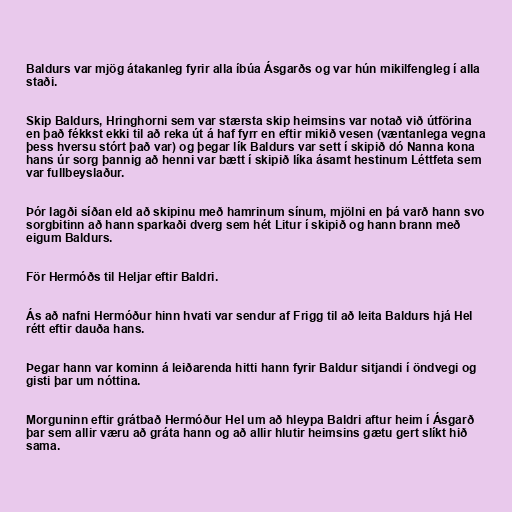
Baldurs var mjög átakanleg fyrir alla íbúa Ásgarðs og var hún mikilfengleg í alla
staði.

Skip Baldurs, Hringhorni sem var stærsta skip heimsins var notað við útförina
en það fékkst ekki til að reka út á haf fyrr en eftir mikið vesen (væntanlega vegna
þess hversu stórt það var) og þegar lík Baldurs var sett í skipið dó Nanna kona
hans úr sorg þannig að henni var bætt í skipið líka ásamt hestinum Léttfeta sem
var fullbeyslaður.

Þór lagði síðan eld að skipinu með hamrinum sínum, mjölni en þá varð hann svo
sorgbitinn að hann sparkaði dverg sem hét Litur í skipið og hann brann með
eigum Baldurs.

För Hermóðs til Heljar eftir Baldri.

Ás að nafni Hermóður hinn hvati var sendur af Frigg til að leita Baldurs hjá Hel
rétt eftir dauða hans.

Þegar hann var kominn á leiðarenda hitti hann fyrir Baldur sitjandi í öndvegi og
gisti þar um nóttina.

Morguninn eftir grátbað Hermóður Hel um að hleypa Baldri aftur heim í Ásgarð
þar sem allir væru að gráta hann og að allir hlutir heimsins gætu gert slíkt hið
sama.